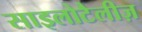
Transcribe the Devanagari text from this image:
साइलोटैलीज़